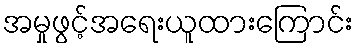
အမှုဖွင့်အရေးယူထားကြောင်း